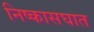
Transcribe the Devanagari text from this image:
निष्कासघात